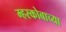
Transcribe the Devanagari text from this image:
म्हस्कोबाच्या